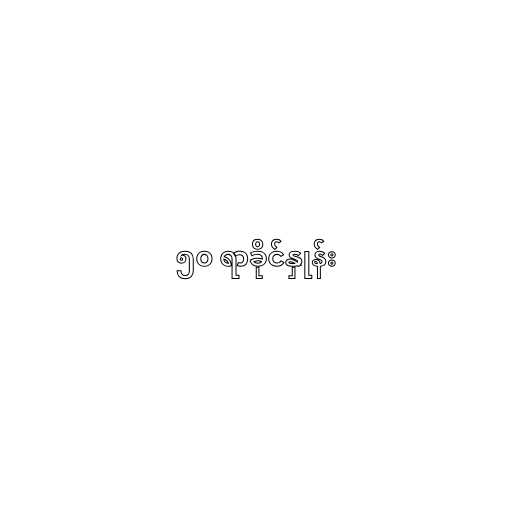
၅၀ ရာခိုင်နှုန်း